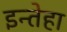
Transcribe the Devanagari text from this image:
इन्तेहा